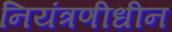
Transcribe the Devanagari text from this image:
नियंत्रणीधीन